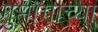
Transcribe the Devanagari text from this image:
गुप्तांगाच्या